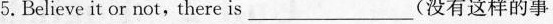
5.Believe it or not,there is ___ (没有这样的事